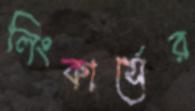
লিংকার্সের